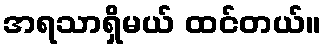
အရသာရှိမယ် ထင်တယ်။